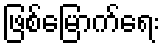
ဖြစ်မြောက်ရေး